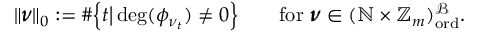
\begin{array} { r } { \| \pmb { \nu } \| _ { 0 } : = \# \Big \{ t \big | \deg ( \phi _ { \nu _ { t } } ) \neq 0 \Big \} \qquad \mathrm { f o r } ~ \pmb { \nu } \in ( \mathbb { N } \times \mathbb { Z } _ { m } ) _ { \mathrm { o r d } } ^ { \mathcal { B } } . } \end{array}